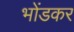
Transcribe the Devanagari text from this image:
भोंडकर